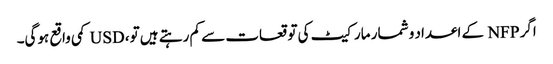
اگر NFP کے اعداد و شمار مارکیٹ کی توقعات سے کم رہتے ہیں تو، USD کمی واقع ہوگی۔